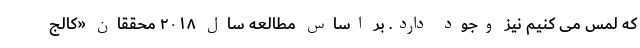
که لمس می کنیم نیز وجود دارد. بر اساس مطالعه سال ۲۰۱۸ محققان «کالج